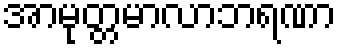
အာမုတ္တမာလာဘရဏာ